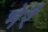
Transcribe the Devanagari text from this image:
भेरैं